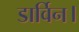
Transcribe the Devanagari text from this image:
डार्विन।